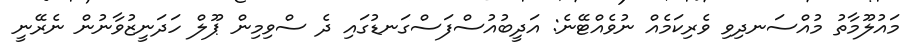
މައުލޫމާތު މުއްސަނދިވި ވެރިކަމެއް ނުވެއްޓޭނެ: އަދީބުއުސްފަސްގަނޑުގައި ދެ ސްވިމިން ޕޫލް ހަދަނީޒުވާނުން ނެރޭނީ